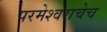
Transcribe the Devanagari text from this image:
परमेश्वराचेच